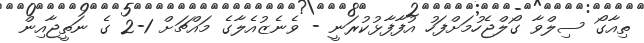
ތިއާގޯ ސިލްވާ ގޯލްޖެހުމަށްފަހު އުފާފާޅުކުރަނީ - ވެނެޒުއެލާގެ މައްޗަށް 1-2 ގެ ނަތީޖާއިން